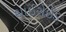
થાઈરોઈડ